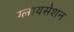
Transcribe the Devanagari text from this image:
ग्लायसेशन